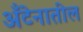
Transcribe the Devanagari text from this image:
अँटेनातील